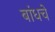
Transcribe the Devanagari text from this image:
बांधचे